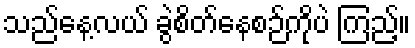
သည်နေ့လယ် ခွဲစိတ်နေစဉ်ကိုပဲ ကြည့်။